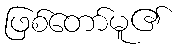
ဖြစ်တော်မူ၏